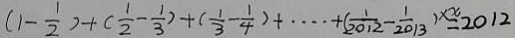
( 1 - \frac { 1 } { 2 } ) + ( \frac { 1 } { 2 } - \frac { 1 } { 3 } ) + ( \frac { 1 } { 3 } - \frac { 1 } { 4 } ) + \cdots + ( \frac { 1 } { 2 0 1 2 } - \frac { 1 } { 2 0 1 3 } ) ^ { \times x } = 2 0 1 2